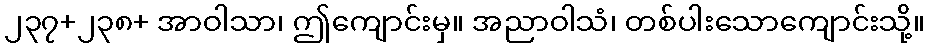
၂၃၇+၂၃၈+ အာဝါသာ၊ ဤကျောင်းမှ။ အညာဝါသံ၊ တစ်ပါးသောကျောင်းသို့။